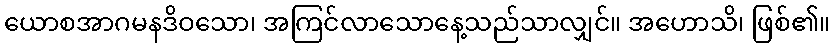
ယောစအာဂမနဒိဝသော၊ အကြင်လာသောနေ့သည်သာလျှင်။ အဟောသိ၊ ဖြစ်၏။